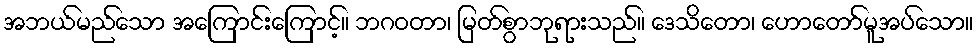
အဘယ်မည်သော အကြောင်းကြောင့်။ ဘဂဝတာ၊ မြတ်စွာဘုရားသည်။ ဒေသိတော၊ ဟောတော်မူအပ်သော။